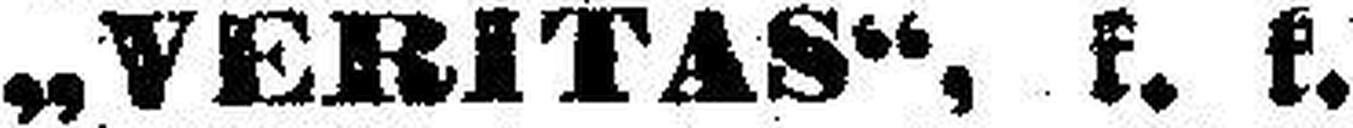
„VERITAS“, k. k.